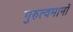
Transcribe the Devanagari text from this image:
गुरुत्वमानों